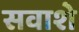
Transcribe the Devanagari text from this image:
सवाशे